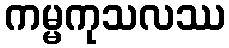
ကမ္မကုသလဿ